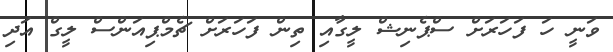
ވަނީ ހަ ފަހަރަށް ސްޕެނިޝް ލީގާއި ތިން ފަހަރަށް ޗެމްޕިއަންސް ލީގް އަދި